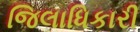
જિલાધિકારી